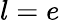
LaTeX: l=e